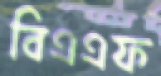
বিএএফ